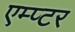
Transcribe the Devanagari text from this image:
एम्प्टर